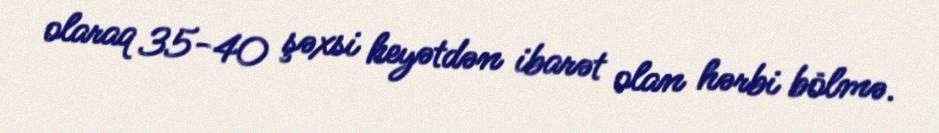
olaraq 35-40 şəxsi heyətdən ibarət olan hərbi bölmə.